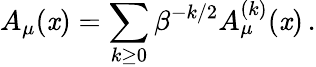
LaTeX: A_{\mu}(\mathit{x})=\sum_{k\ge0}\beta^{-k/2}A_{\mu}^{(k)}(\mathit{x})\, .